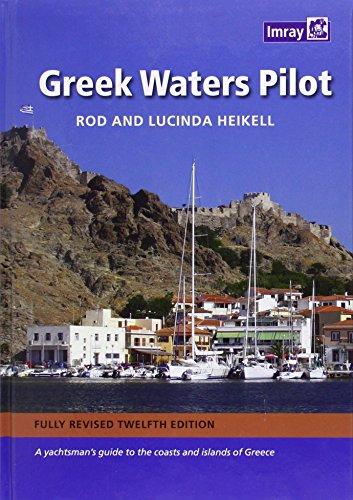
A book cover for Greek Waters Pilot: A Yachtsman's Guide to the Ionian and Aegean Coasts and Islands of Greece; Rod Heikell; Travel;